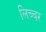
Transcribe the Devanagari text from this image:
लिच्चर